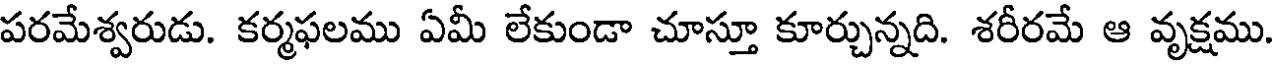
పరమేశ్వరుడు. కర్మఫలము ఏమీ లేకుండా చూస్తూ కూర్చున్నది. శరీరమే ఆ వృక్షము